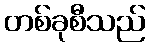
တစ်ခုစီသည်